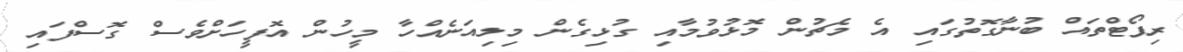
ރިޕޯޓްތައް ބުނާގޮތުގައި އެ މެޗުން މޮޅުވުމާއި ގުޅިގެން މިލިއަނެއްހާ މީހުން އޮފީހަށްވެސް ގޮސްފައި